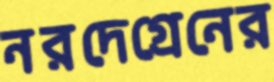
নরদেগ্রেনের